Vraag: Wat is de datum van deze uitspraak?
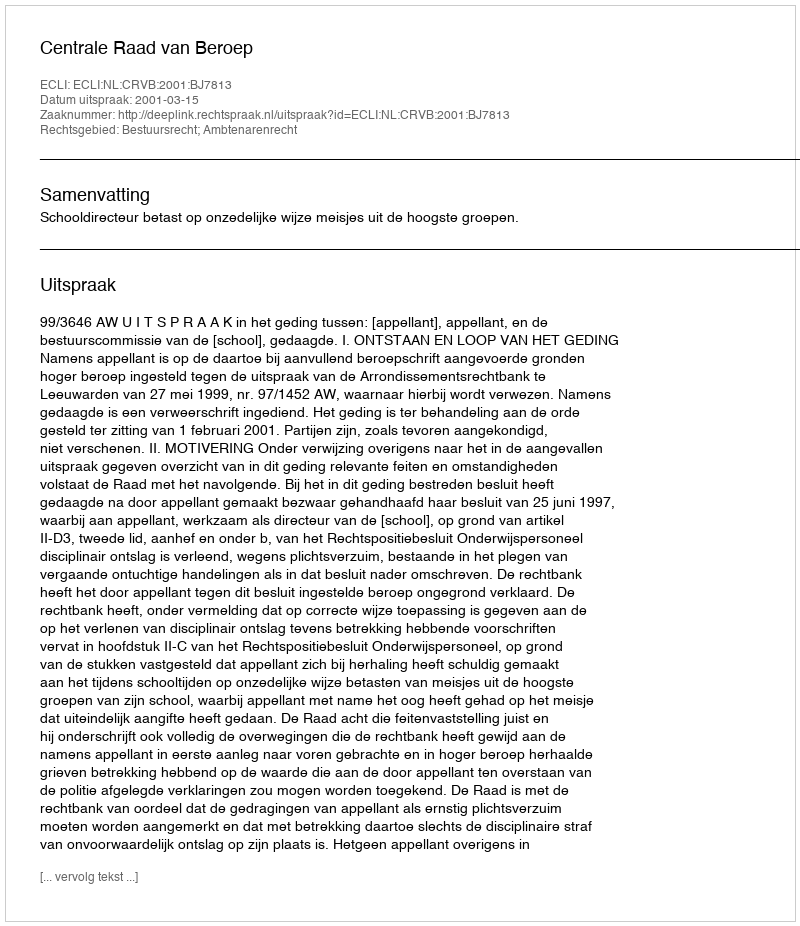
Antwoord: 2001-03-15